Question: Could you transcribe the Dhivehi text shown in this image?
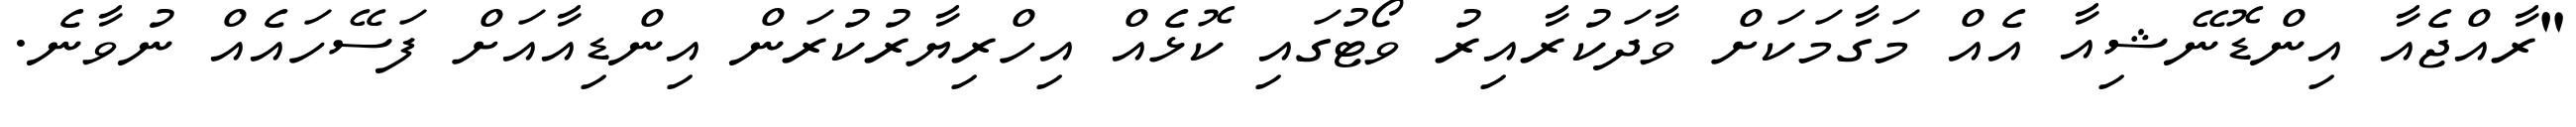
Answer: "ރާއްޖެއާ އިންޑޮނޭޝިއާ އެއް މަގާމަކަށް ވާދަކުރާއިރު ވޯޓުގައި ކޮޅެއް އިހްރިޔާރުކުރަން އިންޑިއާއަށް ފަސޭހައެއް ނުވާނެ.